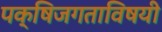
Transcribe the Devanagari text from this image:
पक्षिजगताविषयी